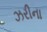
ઝરીના